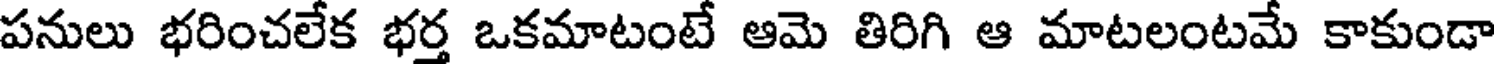
పనులు భరించలేక భర్త ఒకమాటంటే ఆమె తిరిగి ఆ మాటలంటమే కాకుండా